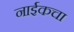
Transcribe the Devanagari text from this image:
नाईकचा